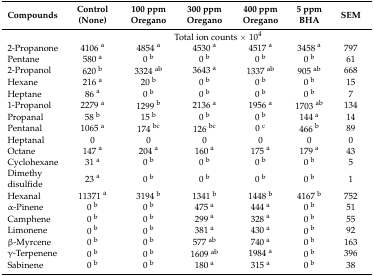
<table><thead><tr><td><b>Compounds</b></td><td><b>Control (None)</b></td><td><b>100 ppm Oregano</b></td><td><b>300 ppm Oregano</b></td><td><b>400 ppm Oregano</b></td><td><b>5 ppm BHA</b></td><td><b>SEM</b></td></tr></thead><tbody><tr><td></td><td colspan="6">Total ion counts × 10<sup>4</sup></td></tr><tr><td>2-Propanone</td><td>4106 <sup>a</sup></td><td>4854 <sup>a</sup></td><td>4530 <sup>a</sup></td><td>4517 <sup>a</sup></td><td>3458 <sup>a</sup></td><td>797</td></tr><tr><td>Pentane</td><td>580 <sup>a</sup></td><td>0 <sup>b</sup></td><td>0 <sup>b</sup></td><td>0 <sup>b</sup></td><td>0 <sup>b</sup></td><td>61</td></tr><tr><td>2-Propanol</td><td>620 <sup>b</sup></td><td>3324 <sup>ab</sup></td><td>3643 <sup>a</sup></td><td>1337 <sup>ab</sup></td><td>905 <sup>ab</sup></td><td>668</td></tr><tr><td>Hexane</td><td>216 <sup>a</sup></td><td>20 <sup>b</sup></td><td>0 <sup>b</sup></td><td>0 <sup>b</sup></td><td>0 <sup>b</sup></td><td>15</td></tr><tr><td>Heptane</td><td>86 <sup>a</sup></td><td>0 <sup>b</sup></td><td>0 <sup>b</sup></td><td>0 <sup>b</sup></td><td>0 <sup>b</sup></td><td>7</td></tr><tr><td>1-Propanol</td><td>2279 <sup>a</sup></td><td>1299 <sup>b</sup></td><td>2136 <sup>a</sup></td><td>1956 <sup>a</sup></td><td>1703 <sup>ab</sup></td><td>134</td></tr><tr><td>Propanal</td><td>58 <sup>b</sup></td><td>15 <sup>b</sup></td><td>0 <sup>b</sup></td><td>0 <sup>b</sup></td><td>144 <sup>a</sup></td><td>14</td></tr><tr><td>Pentanal</td><td>1065 <sup>a</sup></td><td>174 <sup>bc</sup></td><td>126 <sup>bc</sup></td><td>0 <sup>c</sup></td><td>466 <sup>b</sup></td><td>89</td></tr><tr><td>Heptanal</td><td>0</td><td>0</td><td>0</td><td>0</td><td>0</td><td>0</td></tr><tr><td>Octane</td><td>147 <sup>a</sup></td><td>204 <sup>a</sup></td><td>160 <sup>a</sup></td><td>175 <sup>a</sup></td><td>179 <sup>a</sup></td><td>43</td></tr><tr><td>Cyclohexane</td><td>31 <sup>a</sup></td><td>0 <sup>b</sup></td><td>0 <sup>b</sup></td><td>0 <sup>b</sup></td><td>0 <sup>b</sup></td><td>5</td></tr><tr><td>Dimethy disulfide</td><td>23 <sup>a</sup></td><td>0 <sup>b</sup></td><td>0 <sup>b</sup></td><td>0 <sup>b</sup></td><td>0 <sup>b</sup></td><td>1</td></tr><tr><td>Hexanal</td><td>11371 <sup>a</sup></td><td>3194 <sup>b</sup></td><td>1341 <sup>b</sup></td><td>1448 <sup>b</sup></td><td>4167 <sup>b</sup></td><td>752</td></tr><tr><td>α-Pinene</td><td>0 <sup>b</sup></td><td>0 <sup>b</sup></td><td>475 <sup>a</sup></td><td>444 <sup>a</sup></td><td>0 <sup>b</sup></td><td>51</td></tr><tr><td>Camphene</td><td>0 <sup>b</sup></td><td>0 <sup>b</sup></td><td>299 <sup>a</sup></td><td>328 <sup>a</sup></td><td>0 <sup>b</sup></td><td>55</td></tr><tr><td>Limonene</td><td>0 <sup>b</sup></td><td>0 <sup>b</sup></td><td>381 <sup>a</sup></td><td>430 <sup>a</sup></td><td>0 <sup>b</sup></td><td>92</td></tr><tr><td>β-Myrcene</td><td>0 <sup>b</sup></td><td>0 <sup>b</sup></td><td>577 <sup>ab</sup></td><td>740 <sup>a</sup></td><td>0 <sup>b</sup></td><td>163</td></tr><tr><td>γ-Terpenene</td><td>0 <sup>b</sup></td><td>0 <sup>b</sup></td><td>1609 <sup>ab</sup></td><td>1984 <sup>a</sup></td><td>0 <sup>b</sup></td><td>396</td></tr><tr><td>Sabinene</td><td>0 <sup>b</sup></td><td>0 <sup>b</sup></td><td>180 <sup>a</sup></td><td>315 <sup>a</sup></td><td>0 <sup>b</sup></td><td>38</td></tr></tbody></table>